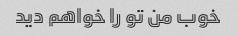
خوب من تو را خواهم دید